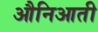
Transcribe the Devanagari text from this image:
औनिआती